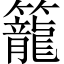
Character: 籠